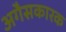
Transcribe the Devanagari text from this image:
अगैसकारक